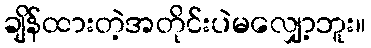
ချိန်ထားတဲ့အတိုင်းပဲမလျှော့ဘူး။